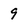
Character: 9